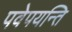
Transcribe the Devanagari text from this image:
पवेपयन्ति